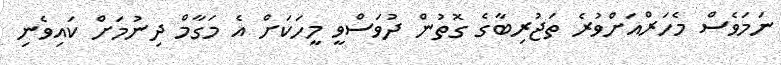
ނަމަވެސް މެހަރްއަށްވުރެ ތަޖުރިބާގެ ގޮތުން ދުވަސްވީ މީހަކަށް އެ މަގާމް ދިނުމަށް ކައިވެނި